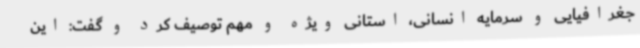
جغرافیایی و سرمایه انسانی، استانی ویژه و مهم توصیف کرد و گفت: این